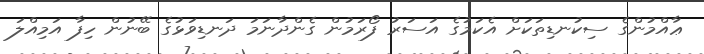
ޢާއްމުންގެ ސިކުނޑިތަކަށް އެކަމުގެ އަސަރު ފޯރަމުން ގެންދާނަމަ ދަނޑިވަޅުގެ ބޭނުން ހިފާ އަމިއްލަ